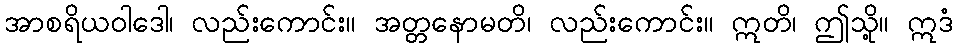
အာစရိယဝါဒေါ၊ လည်းကောင်း။ အတ္တနောမတိ၊ လည်းကောင်း။ ဣတိ၊ ဤသို့။ ဣဒံ